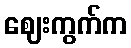
ဈေးကွက်က